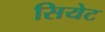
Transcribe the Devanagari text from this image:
सियेट